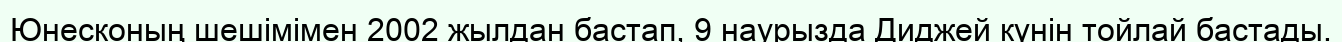
Юнесконың шешімімен 2002 жылдан бастап, 9 наурызда Диджей күнін тойлай бастады.